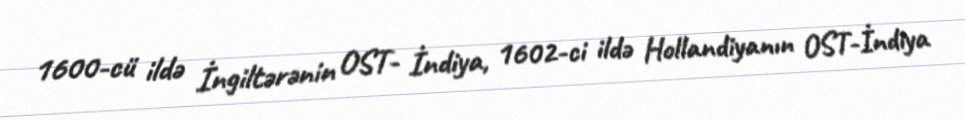
1600-cü ildə İngiltərənin OST- İndiya, 1602-ci ildə Hollandiyanın OST-İndiya